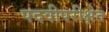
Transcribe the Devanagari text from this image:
पदवीपरीक्षेत